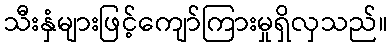
သီးနှံများဖြင့်ကျော်ကြားမှုရှိလှသည်။